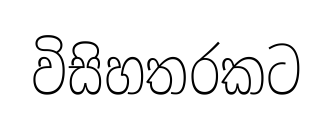
විසිහතරකට